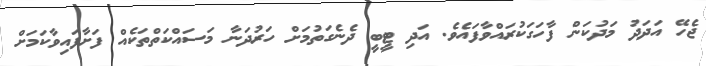
ޖެހޭ އަދަދު މަދުކަން ފާހަގަކުރައްވާފައެވެ. އަދި ޓީބީ ދެނެގަތުމަށް ހަރުދަނާ މަސައްކަތްތަކެއް ފަށާފައިވާކަމަށް